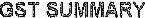
GST SUMMARY